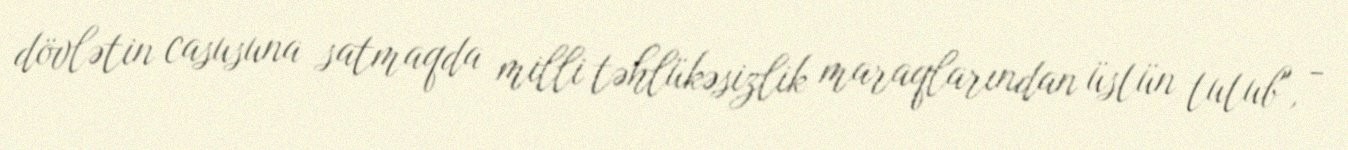
dövlətin casusuna satmaqda milli təhlükəsizlik maraqlarından üstün tutub", -